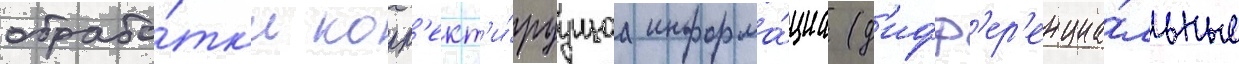
обрабо́тк'и корр'ект'и́руущаа информа́циа (д'ифф'ер'енциа́льные